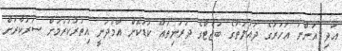
އަދި އަންނަ އަހަރުގެ ދައުލަތުގެ ބަޖެޓްގެ ދަރަނިތައް ކުޑަކޮށް އާމްދަނީ އިތުރުކުރުމަށް ސަރުކާރަށް